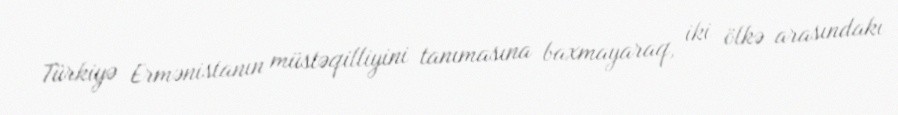
Türkiyə Ermənistanın müstəqilliyini tanımasına baxmayaraq, iki ölkə arasındakı